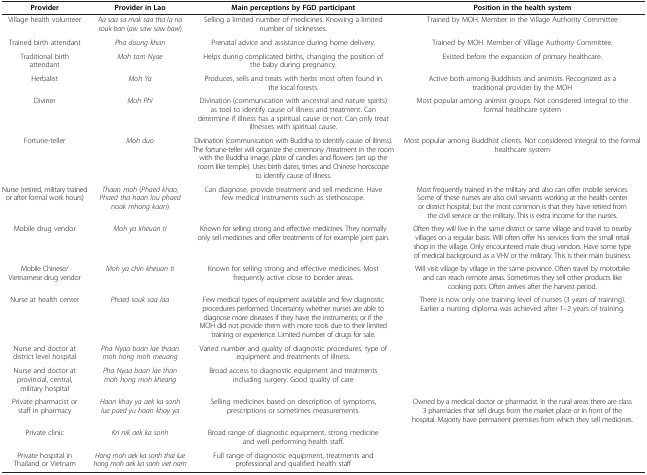
<table><thead><tr><td><b>Provider</b></td><td><b>Provider in Lao</b></td><td><b>Main perceptions by FGD participant</b></td><td><b>Position in the health system</b></td></tr></thead><tbody><tr><td>Village health volunteer</td><td><i>Aa saa sa mak saa tha la na souk ban</i> (<i>aw saw saw baw</i>)</td><td>Selling a limited number of medicines. Knowing a limited number of sicknesses.</td><td>Trained by MOH. Member in the Village Authority Committee</td></tr><tr><td>Trained birth attendant</td><td><i>Pha doung khan</i></td><td>Prenatal advice and assistance during home delivery.</td><td>Trained by MOH. Member of Village Authority Committee.</td></tr><tr><td>Traditional birth attendant</td><td><i>Moh tam Nyae</i></td><td>Helps during complicated births, changing the position of the baby during pregnancy.</td><td>Existed before the expansion of primary healthcare.</td></tr><tr><td>Herbalist</td><td><i>Moh Ya</i></td><td>Produces, sells and treats with herbs most often found in the local forests.</td><td>Active both among Buddhists and animists. Recognized as a traditional provider by the MOH</td></tr><tr><td>Diviner</td><td><i>Moh Phi</i></td><td>Divination (communication with ancestral and nature spirits) as tool to identify cause of illness and treatment. Can determine if illness has a spiritual cause or not. Can only treat illnesses with spiritual cause.</td><td>Most popular among animist groups. Not considered integral to the formal healthcare system</td></tr><tr><td>Fortune-teller</td><td><i>Moh duo</i></td><td>Divination (communication with Buddha to identify cause of illness). The fortune-teller will organize the ceremony /treatment in the room with the Buddha image, plate of candles and flowers (set up the room like temple). Uses birth dates, times and Chinese horoscope to identify cause of illness.</td><td>Most popular among Buddhist clients. Not considered integral to the formal healthcare system</td></tr><tr><td>Nurse (retired, military trained or after formal work hours)</td><td><i>Thaan moh</i> (<i>Phaed khao</i>, <i>Phaed tha haan lou phaed noak mhong kaan</i>)</td><td>Can diagnose, provide treatment and sell medicine. Have few medical instruments such as stethoscope.</td><td>Most frequently trained in the military and also can offer mobile services. Some of these nurses are also civil servants working at the health center or district hospital; but the most common is that they have retired from the civil service or the military. This is extra income for the nurses.</td></tr><tr><td>Mobile drug vendor</td><td><i>Moh ya kheuan ti</i></td><td>Known for selling strong and effective medicines. They normally only sell medicines and offer treatments of for example joint pain.</td><td>Often they will live in the same district or same village and travel to nearby villages on a regular basis. Will often offer his services from the small retail shop in the village. Only encountered male drug vendors. Have some type of medical background as a VHV or the military. This is their main business.</td></tr><tr><td>Mobile Chinese/Vietnamese drug vendor</td><td><i>Moh ya chin kheuan ti</i></td><td>Known for selling strong and effective medicines. Most frequently active close to border areas.</td><td>Will visit village by village in the same province. Often travel by motorbike and can reach remote areas. Sometimes they sell other products like cooking pots. Often arrives after the harvest period.</td></tr><tr><td>Nurse at health center</td><td><i>Phaed souk saa laa</i></td><td>Few medical types of equipment available and few diagnostic procedures performed. Uncertainty whether nurses are able to diagnose more diseases if they have the instruments; or if the MOH did not provide them with more tools due to their limited training or experience. Limited number of drugs for sale.</td><td>There is now only one training level of nurses (3 years of training). Earlier a nursing diploma was achieved after 1–2 years of training.</td></tr><tr><td>Nurse and doctor at district level hospital</td><td><i>Pha Nyaa baan lae thaan moh hong moh meuang</i></td><td>Varied number and quality of diagnostic procedures, type of equipment and treatments of illness.</td><td> </td></tr><tr><td>Nurse and doctor at provincial, central, military hospital</td><td><i>Pha Nyaa baan lae than moh hong moh kheang</i></td><td>Broad access to diagnostic equipment and treatments including surgery. Good quality of care</td><td> </td></tr><tr><td>Private pharmacist or staff in pharmacy</td><td><i>Haan khay ya aek ka sonh lue paed yu haan khay ya</i></td><td>Selling medicines based on description of symptoms, prescriptions or sometimes measurements.</td><td>Owned by a medical doctor or pharmacist. In the rural areas there are class 3 pharmacies that sell drugs from the market place or in front of the hospital. Majority have permanent premises from which they sell medicines.</td></tr><tr><td>Private clinic</td><td><i>Kri nik aek ka sonh</i></td><td>Broad range of diagnostic equipment, strong medicine and well performing health staff.</td><td> </td></tr><tr><td>Private hospital in Thailand or Vietnam</td><td><i>Hong moh aek ka sonh thai lue hong moh aek ka sonh viet nam</i></td><td>Full range of diagnostic equipment, treatments and professional and qualified health staff</td><td> </td></tr></tbody></table>